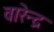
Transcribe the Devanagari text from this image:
वारेन्द्र